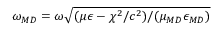
\omega _ { \/ { M D } } = \omega \sqrt { ( \mu \epsilon - \chi ^ { 2 } / c ^ { 2 } ) / ( \mu _ { \/ { M D } } \epsilon _ { \/ { M D } } ) }